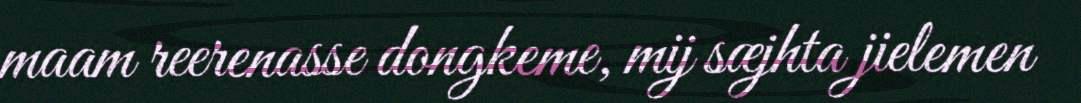
maam reerenasse dongkeme, mij sæjhta jielemen